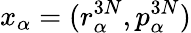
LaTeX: x_{\alpha}=(r_{\alpha}^{3N},p_{\alpha}^{3N})